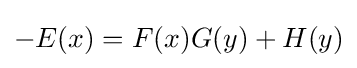
-E(x)=F(x)G(y)+H(y)